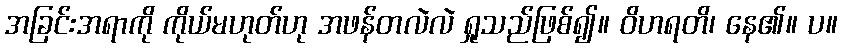
အခြင်းအရာကို ကိုယ်မဟုတ်ဟု အဖန်တလဲလဲ ရှုသည်ဖြစ်၍။ ဝိဟရတိ၊ နေ၏။ ပ။